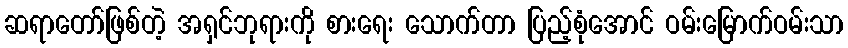
ဆရာတော်ဖြစ်တဲ့ အရှင်ဘုရားကို စားရေး သောက်တာ ပြည့်စုံအောင် ဝမ်းမြောက်ဝမ်းသာ